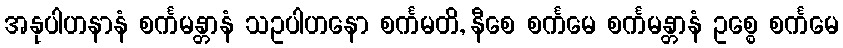
အနုပါဟနာနံ စင်္ကမန္တာနံ သဥပါဟနော စင်္ကမတိ, နီစေ စင်္ကမေ စင်္ကမန္တာနံ ဥစ္စေ စင်္ကမေ